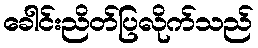
ခေါင်းညိတ်ပြလိုက်သည်